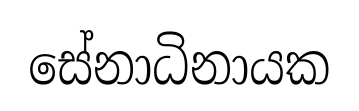
සේනාධිනායක